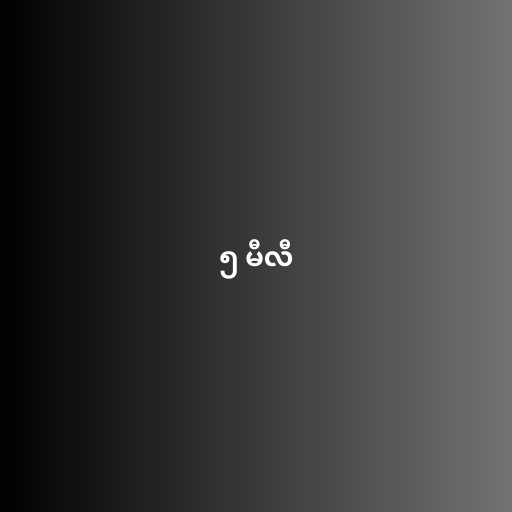
၅ မီလီ